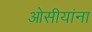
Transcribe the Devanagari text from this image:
ओसीयांना